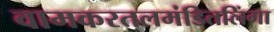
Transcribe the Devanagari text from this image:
वामकरतलमंडितलिंगा